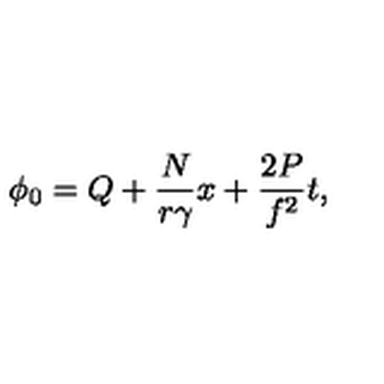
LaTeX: \phi _ { 0 } = Q + \frac { N } { r { \gamma } } x + { \frac { 2 P } { f ^ { 2 } } } t ,